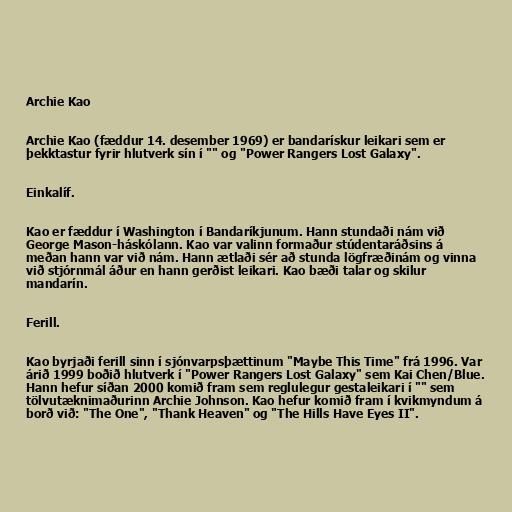
Archie Kao

Archie Kao (fæddur 14. desember 1969) er bandarískur leikari sem er
þekktastur fyrir hlutverk sín í "" og "Power Rangers Lost Galaxy".

Einkalíf.

Kao er fæddur í Washington í Bandaríkjunum. Hann stundaði nám við
George Mason-háskólann. Kao var valinn formaður stúdentaráðsins á
meðan hann var við nám. Hann ætlaði sér að stunda lögfræðinám og vinna
við stjórnmál áður en hann gerðist leikari. Kao bæði talar og skilur
mandarín.

Ferill.

Kao byrjaði ferill sinn í sjónvarpsþættinum "Maybe This Time" frá 1996. Var
árið 1999 boðið hlutverk í "Power Rangers Lost Galaxy" sem Kai Chen/Blue.
Hann hefur síðan 2000 komið fram sem reglulegur gestaleikari í "" sem
tölvutæknimaðurinn Archie Johnson. Kao hefur komið fram í kvikmyndum á
borð við: "The One", "Thank Heaven" og "The Hills Have Eyes II".